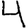
Digit: 4